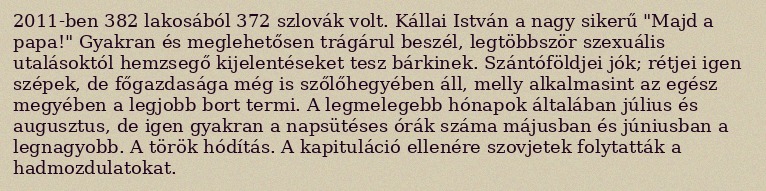
2011-ben 382 lakosából 372 szlovák volt. Kállai István a nagy sikerű "Majd a papa!" Gyakran és meglehetősen trágárul beszél, legtöbbször szexuális utalásoktól hemzsegő kijelentéseket tesz bárkinek. Szántóföldjei jók; rétjei igen szépek, de főgazdasága még is szőlőhegyében áll, melly alkalmasint az egész megyében a legjobb bort termi. A legmelegebb hónapok általában július és augusztus, de igen gyakran a napsütéses órák száma májusban és júniusban a legnagyobb. A török hódítás. A kapituláció ellenére szovjetek folytatták a hadmozdulatokat.